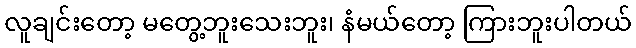
လူချင်းတော့ မတွေ့ဘူးသေးဘူး၊ နံမယ်တော့ ကြားဘူးပါတယ်